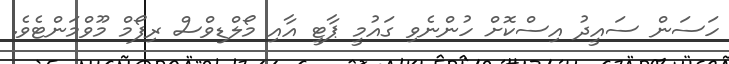
ހަސަން ސައީދު އިސްކޮށް ހުންނެވި ގައުމީ ޕާޓީ އާއި މޯލްޑިވްސް ރިފޯމް މޫވްމަންޓެވެ.